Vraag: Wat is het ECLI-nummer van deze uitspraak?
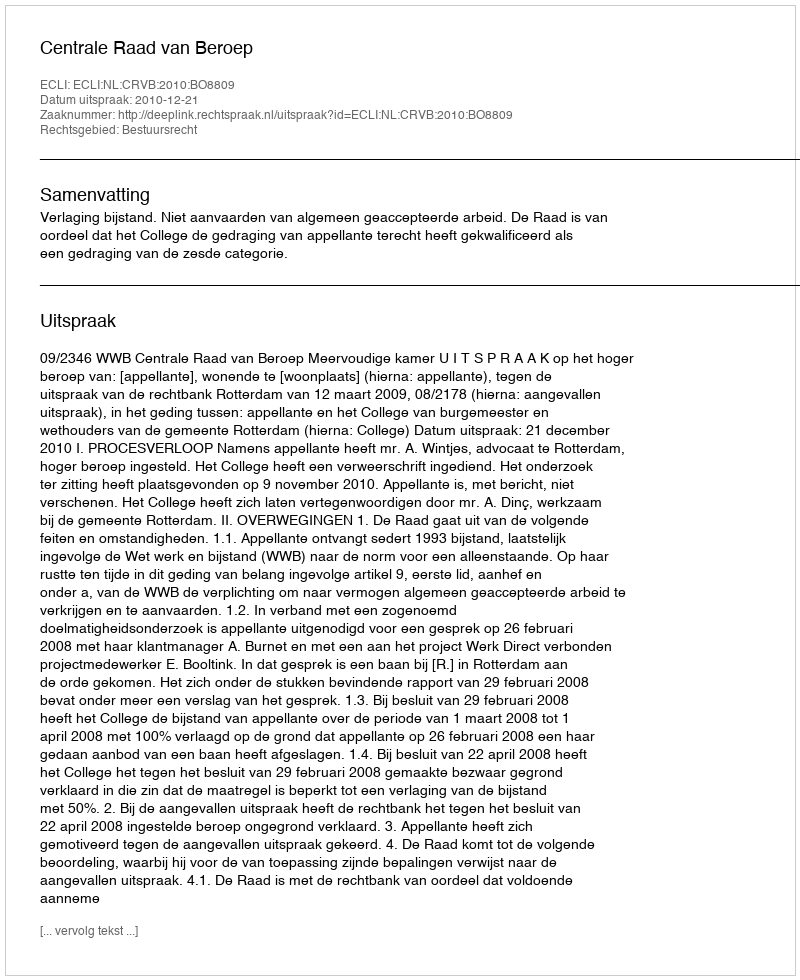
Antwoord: ECLI:NL:CRVB:2010:BO8809